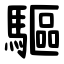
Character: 驅